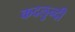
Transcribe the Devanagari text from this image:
कदलुन्दी